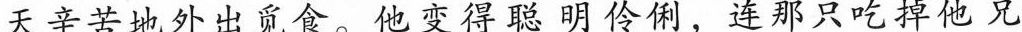
天辛苦地外出觅食。他变得聪明伶俐，连那只吃掉他兄